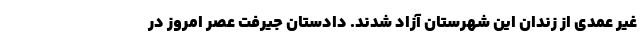
غیر عمدی از زندان این شهرستان آزاد شدند. دادستان جیرفت عصر امروز در